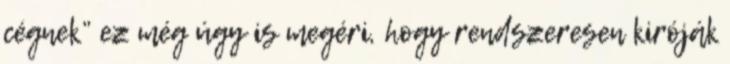
cégnek” ez még úgy is megéri, hogy rendszeresen kiróják